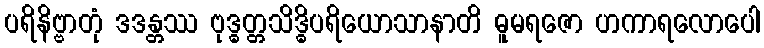
ပရိနိဗ္ဗာတုံ ဒဒန္တဿ ဗုဒ္ဓတ္တသိဒ္ဓိပရိယောသာနာတိ ဓူမရဇော ဟကာရလောပေါ